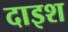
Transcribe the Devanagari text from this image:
दाइश